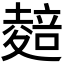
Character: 𭐭